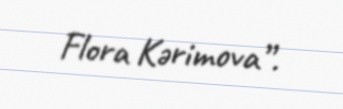
Flora Kərimova”.